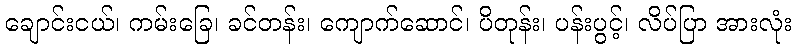
ချောင်းငယ်၊ ကမ်းခြေ၊ ခင်တန်း၊ ကျောက်ဆောင်၊ ပိတုန်း၊ ပန်းပွင့်၊ လိပ်ပြာ အားလုံး